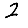
Digit: 2